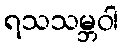
ရသသမ္ဘဝါ